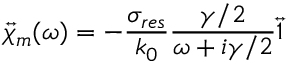
\overleftrightarrow { \chi } _ { m } ( \omega ) = - \frac { \sigma _ { r e s } } { k _ { 0 } } \frac { \gamma / 2 } { \omega + i \gamma / 2 } \overleftrightarrow { 1 }